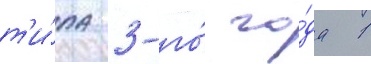
т'и́па 3-го́ го́да 1